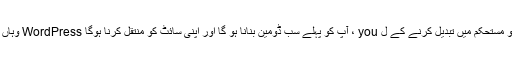
مثال کے طور پر ، اگر آپ مقبول کو استعمال کرنے کا فیصلہ کرتے ہیں صرف جامد پلگ ان اپنی سائٹ کو مستحکم میں تبدیل کرنے کے ل you ، آپ کو پہلے سب ڈومین بنانا ہو گا اور اپنی سائٹ کو منتقل کرنا ہوگا WordPress وہاں تنصیب ، جب آپ سائٹ فائلوں کو حاصل کرنے کے لئے پلگ ان کی ترتیبات میں جامد سائٹ مرتب کریں۔